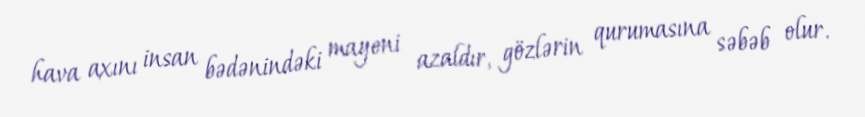
hava axını insan bədənindəki mayeni azaldır, gözlərin qurumasına səbəb olur.